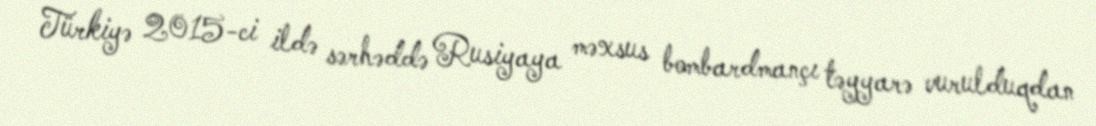
Türkiyə 2015-ci ildə sərhəddə Rusiyaya məxsus bombardmançı təyyarə vurulduqdan